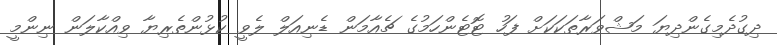
ދިގުދެމިގެންދިޔަ މަޝްވަރާތަކަކަށް ފަހު ޓޮޓެންހަމުގެ ޗެއާމަން ޑެނިއަލް ލެވީ ކުޅުންތެރިޔާ ވިއްކާލަން ނިންމީ